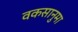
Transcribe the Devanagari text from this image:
वकसानुमा